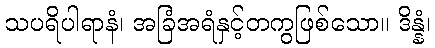
သပရိပါရာနံ၊ အခြံအရံနှင့်တကွဖြစ်သော။ ဒိန္နံ၊